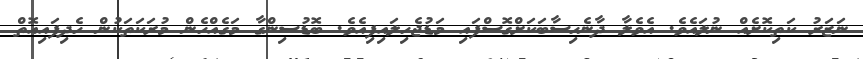
ނަޒަރު ކަތިކޮށެއް ނުލައެވެ. އެވެލާ ދާނެހިސާބަކަށްގޮސްފައި މަޑުޖެހިލައިފިއެވެ. ބޮޑުސިންގާ މަގެއްހެން މުރަކަތަކުން ހެދިފައިއޮތް